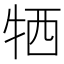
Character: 牺